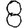
Digit: 8